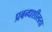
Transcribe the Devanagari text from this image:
प्रबन्धशीलता